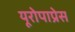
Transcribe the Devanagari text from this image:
यूरोपाप्रेस